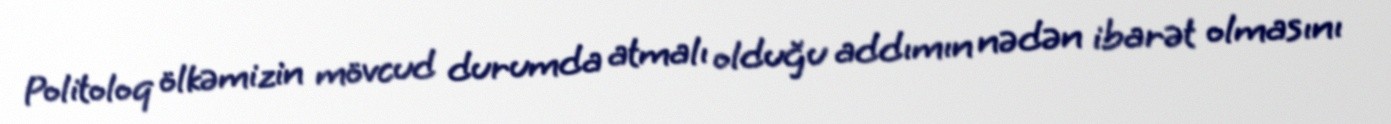
Politoloq ölkəmizin mövcud durumda atmalı olduğu addımın nədən ibarət olmasını